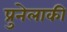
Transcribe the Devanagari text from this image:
प्रुनेलाकी